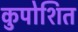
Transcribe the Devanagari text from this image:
कुपोशित